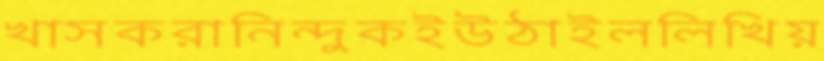
খাসকরানিন্দুকইউঠাইললিখিয়